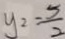
y _ { 2 } = \frac { 5 } { 2 }